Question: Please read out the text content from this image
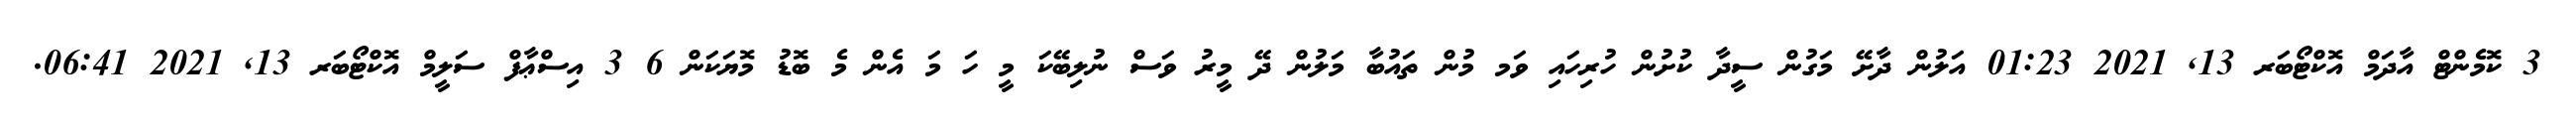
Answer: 3 ކޮމެންޓް އާދަމް އޮކްޓޯބަރ 13, 2021 01:23 އަލުން ދާށޭ މަގުން ސީދާ ކުށުން ހުރިހައި ވަމ މުން ތައުބާ މަލުން ދޭ މީރު ވަސް ނުލިބޭކަ މީ ހަ މަ އެން މެ ބޮޑު މޮޔަކަން 6 3 އިސްޢާފް ސަލީމް އޮކްޓޯބަރ 13, 2021 06:41.